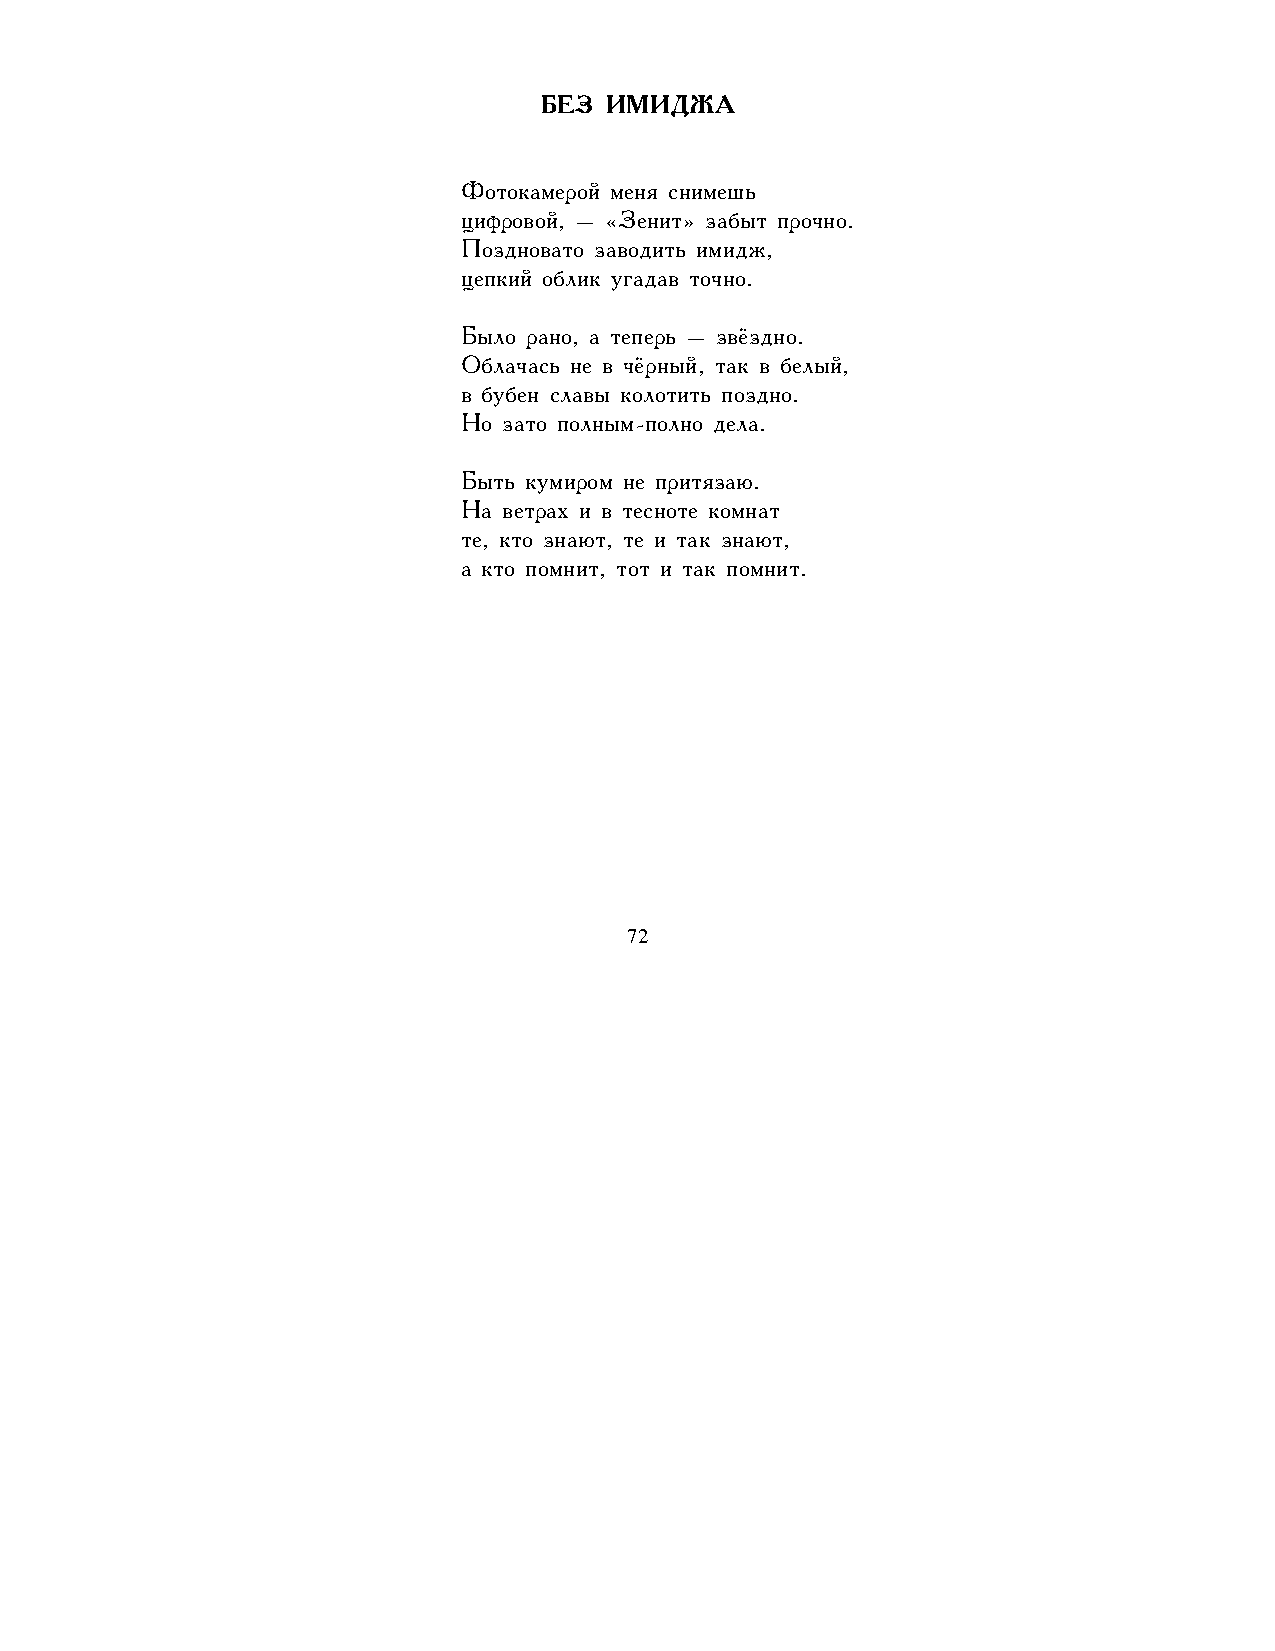
БЕЗ ИМИДЖА
 Фотокамерой меня снимешь
 цифровой, – «Зенит» забыт прочно.
 Поздновато заводить имидж,
 цепкий облик угадав точно.
 Было рано, а теперь – звёздно.
 Облачась не в чёрный, так в белый,
 в бубен славы колотить поздно.
 Но зато полным-полно дела.
 Быть кумиром не притязаю.
 На ветрах и в тесноте комнат
 те, кто знают, те и так знают,
 а кто помнит, тот и так помнит.
 72